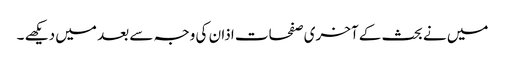
میں نے بحث کے آخری صفحات اذان کی وجہ سے بعد میں دیکھے ۔